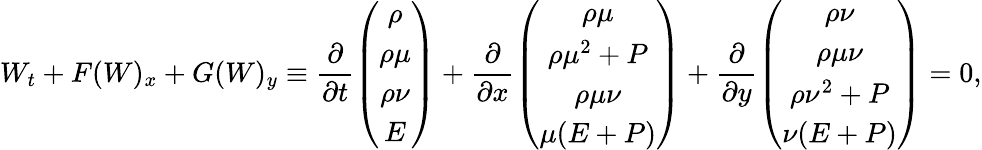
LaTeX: W_{t}+F(W)_{x}+G(W)_{y}\equiv\frac{\partial}{\partial t}\left(\begin{array}{c}{\rho}\\ {\rho\mu}\\ {\rho\nu}\\ {E}\end{array}\right)+\frac{\partial}{\partial x}\left(\begin{array}{c}{\rho\mu}\\ {\rho\mu^{2}+P}\\ {\rho\mu\nu}\\ {\mu(E+P)}\end{array}\right)+\frac{\partial}{\partial y}\left(\begin{array}{c}{\rho\nu}\\ {\rho\mu\nu}\\ {\rho\nu^{2}+P}\\ {\nu(E+P)}\end{array}\right)=0,